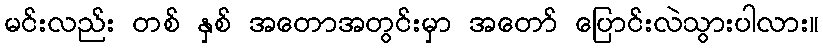
မင်းလည်း တစ် နှစ် အတောအတွင်းမှာ အတော် ပြောင်းလဲသွားပါလား။